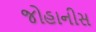
જોહાનીસ